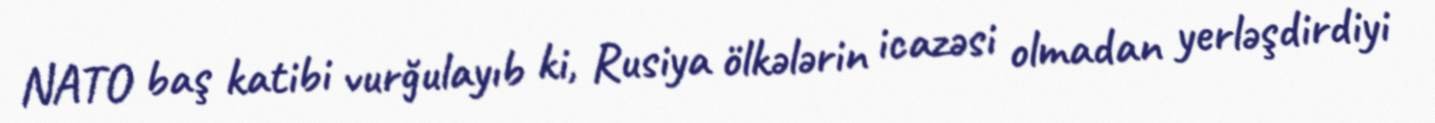
NATO baş katibi vurğulayıb ki, Rusiya ölkələrin icazəsi olmadan yerləşdirdiyi